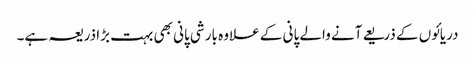
دریائوں کے ذریعے آنے والے پانی کے علاوہ بارشی پانی بھی بہت بڑا ذریعہ ہے۔